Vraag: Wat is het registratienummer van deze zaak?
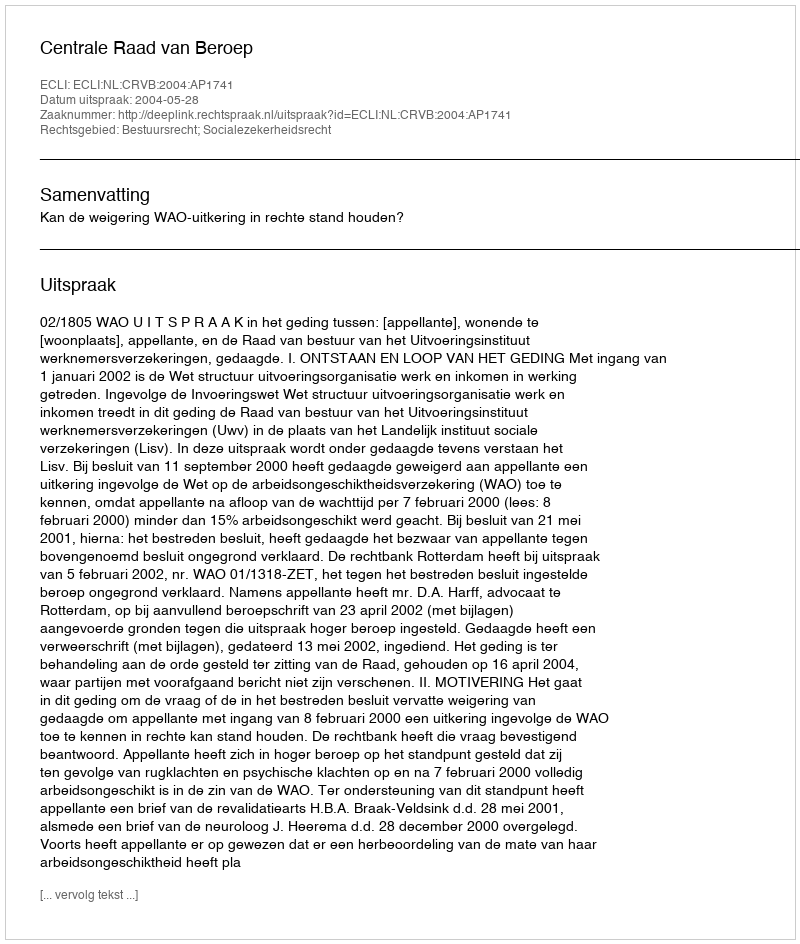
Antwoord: http://deeplink.rechtspraak.nl/uitspraak?id=ECLI:NL:CRVB:2004:AP1741